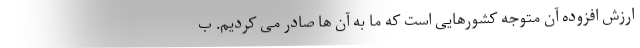
ارزش افزوده آن متوجه کشورهایی است که ما به آن ها صادر می کردیم. ب